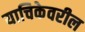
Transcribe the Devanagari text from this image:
याचिकेवरील